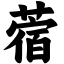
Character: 蓿